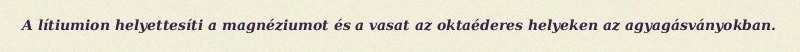
A lítiumion helyettesíti a magnéziumot és a vasat az oktaéderes helyeken az agyagásványokban.